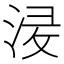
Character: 𱦯